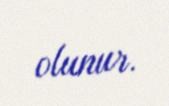
olunur.